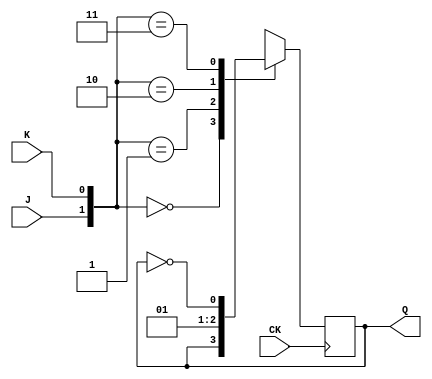
module jkff_17_6(CK, J, K, Q);
    input CK, J, K;
    output Q;
    reg Q;

    always @(posedge CK)
    begin
        case( {J,K} )
            2'b00: Q <= Q;
            2'b01: Q <= 1'b0;
            2'b10: Q <= 1'b1;
            2'b11: Q <= ~Q;
        endcase
    end

endmodule